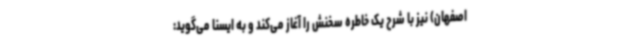
اصفهان) نیز با شرح یک خاطره سخنش را آغاز می‌کند و به ایسنا می‌گوید: